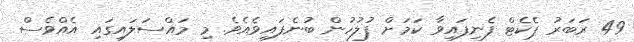
49 ރަބަރު ޕެކެޓް ފެނިފައިވާ ކަމަށް ފުލުހުން ބުނެފައިވެއެވެ. މި މައްސަލައިގައި އެއްވެސް